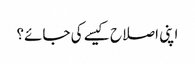
اپنی اصلاح کیسے کی جائے؟